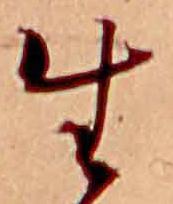
生